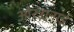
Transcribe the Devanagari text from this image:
ओस्त्रानाई